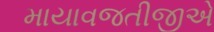
માયાવજતીજીએ